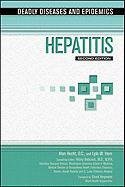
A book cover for Hepatitis (Deadly Diseases and Epidemics); Lyle W., Ph.D. Horn; Health, Fitness & Dieting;